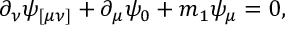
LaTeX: \partial _ { \nu } \psi _ { [ \mu \nu ] } + \partial _ { \mu } \psi _ { 0 } + m _ { 1 } \psi _ { \mu } = 0 ,